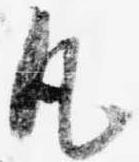
凡